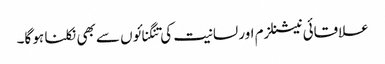
علاقائی نیشنلزم اور لسانیت کی تنگنائوں سے بھی نکلنا ہو گا۔